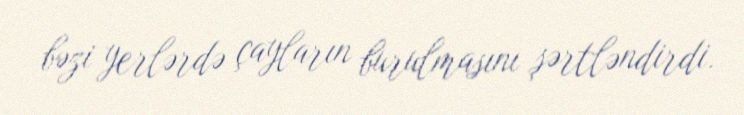
bəzi yerlərdə çayların burulmasını şərtləndirdi.